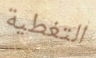
التغطية